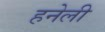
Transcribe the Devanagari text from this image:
हनेली